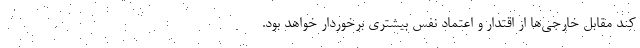
کند مقابل خارجی‌ها از اقتدار و اعتماد نفس بیشتری برخوردار خواهد بود.